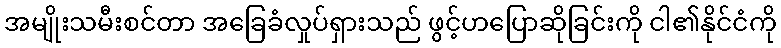
အမျိုးသမီးစင်တာ အခြေခံလှုပ်ရှားသည် ဖွင့်ဟပြောဆိုခြင်းကို ငါ၏နိုင်ငံကို